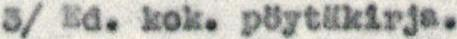
3/ Ed. kok. pöytäkirja.